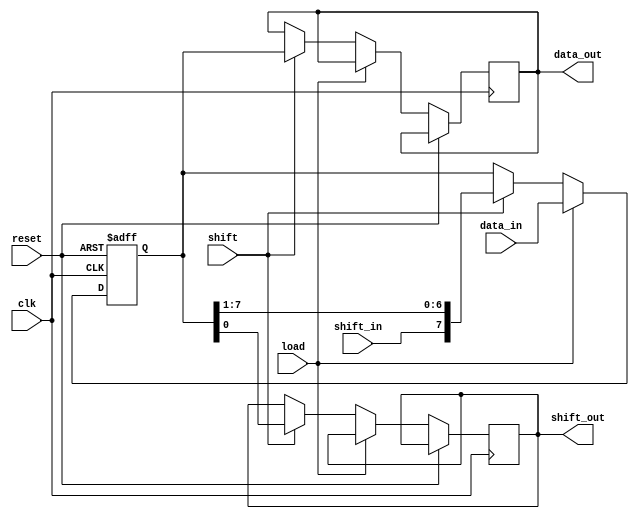
module ShiftRegister #(
    parameter WIDTH = 8,              // Number of bits in the shift register
    parameter MODE = 0                // Mode: 0=SIPO, 1=PISO, 2=Simple Shift
) (
    input wire clk,                   // Clock signal
    input wire reset,                 // Asynchronous reset
    input wire [WIDTH-1:0] data_in,   // Parallel input data (for PISO)
    input wire shift_in,              // Serial input data (for SIPO)
    input wire load,                  // Load control signal
    input wire shift,                 // Shift control signal
    output reg [WIDTH-1:0] data_out,   // Parallel output data (for SIPO)
    output reg shift_out              // Serial output data (for SIPO)
);

    reg [WIDTH-1:0] shift_reg;        // Shift register storage

    always @(posedge clk or posedge reset) begin
        if (reset) begin
            shift_reg <= {WIDTH{1'b0}}; // Reset all bits to 0
        end else begin
            case (MODE)
                0: begin // SIPO mode
                    if (load) begin
                        shift_reg <= data_in; // Load data in parallel
                    end else if (shift) begin
                        data_out <= shift_reg; // Output current register state
                        shift_out <= shift_reg[0]; // Shift out LSB
                        shift_reg <= {shift_in, shift_reg[WIDTH-1:1]}; // Shift right
                    end
                end

                1: begin // PISO mode
                    if (load) begin
                        shift_reg <= data_in; // Load data in parallel
                    end else if (shift) begin
                        shift_out <= shift_reg[WIDTH-1]; // Shift out MSB
                        shift_reg <= {shift_reg[WIDTH-2:0], 1'b0}; // Shift left
                    end
                end

                2: begin // Simple Shift mode
                    if (load) begin
                        shift_reg <= data_in; // Load data in parallel
                    end else if (shift) begin
                        shift_out <= shift_reg[0]; // Shift out LSB
                        shift_reg <= {shift_in, shift_reg[WIDTH-1:1]}; // Shift right
                    end
                end

                default: begin
                    shift_reg <= shift_reg; // Maintain current state on invalid mode
                end
            endcase
        end
    end
endmodule